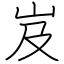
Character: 岌